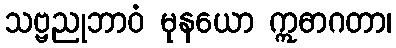
သဗ္ဗညုဘာဝံ မုနယော ဣဓာဂတာ၊